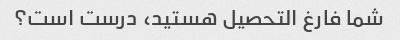
شما فارغ التحصیل هستید، درست است؟